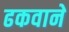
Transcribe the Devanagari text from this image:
ढकवाने